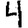
Digit: 4